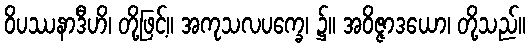
ဝိပဿနာဒီဟိ၊ တို့ဖြင့်။ အကုသလပက္ခေ၊ ၌။ အဝိဇ္ဇာဒယော၊ တို့သည်။